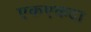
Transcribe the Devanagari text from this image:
एकएकदा